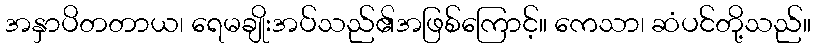
အနှာပိတတာယ၊ ရေမချိုးအပ်သည်၏အဖြစ်ကြောင့်။ ကေသာ၊ ဆံပင်တို့သည်။